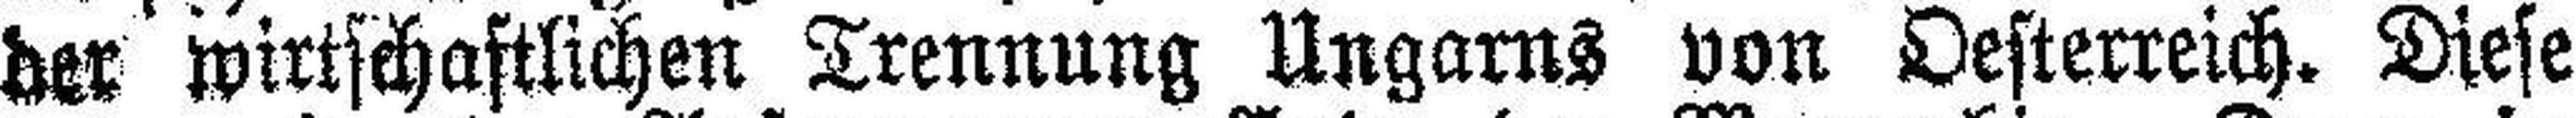
der wirtschaftlichen Trennung Ungarns von Oesterreich. Diese